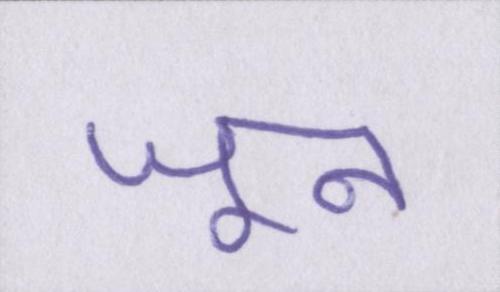
जून